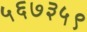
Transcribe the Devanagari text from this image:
५६७३५९